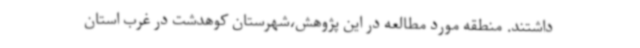
داشتند. منطقه مورد مطالعه در این پژوهش،شهرستان کوهدشت در غرب استان